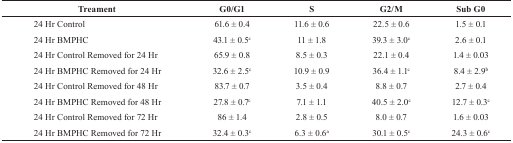
<table><thead><tr><td><b>Treament</b></td><td><b>G0/G1</b></td><td><b>S</b></td><td><b>G2/M</b></td><td><b>Sub G0</b></td></tr></thead><tbody><tr><td>24 Hr Control</td><td>61.6 ± 0.4</td><td>11.6 ± 0.6</td><td>22.5 ± 0.6</td><td>1.5 ± 0.1</td></tr><tr><td>24 Hr BMPHC</td><td>43.1 ± 0.5c</td><td>11 ± 1.8</td><td>39.3 ± 3.0c</td><td>2.6 ± 0.1</td></tr><tr><td>24 Hr Control Removed for 24 Hr</td><td>65.9 ± 0.8</td><td>8.5 ± 0.3</td><td>22.1 ± 0.4</td><td>1.4 ± 0.03</td></tr><tr><td>24 Hr BMPHC Removed for 24 Hr</td><td>32.6 ± 2.5c</td><td>10.9 ± 0.9</td><td>36.4 ± 1.1c</td><td>8.4 ± 2.9b</td></tr><tr><td>24 Hr Control Removed for 48 Hr</td><td>83.7 ± 0.7</td><td>3.5 ± 0.4</td><td>8.8 ± 0.7</td><td>2.7 ± 0.4</td></tr><tr><td>24 Hr BMPHC Removed for 48 Hr</td><td>27.8 ± 0.7c</td><td>7.1 ± 1.1</td><td>40.5 ± 2.0c</td><td>12.7 ± 0.3c</td></tr><tr><td>24 Hr Control Removed for 72 Hr</td><td>86 ± 1.4</td><td>2.8 ± 0.5</td><td>8.0 ± 0.7</td><td>1.6 ± 0.03</td></tr><tr><td>24 Hr BMPHC Removed for 72 Hr</td><td>32.4 ± 0.3c</td><td>6.3 ± 0.6a</td><td>30.1 ± 0.5c</td><td>24.3 ± 0.6c</td></tr></tbody></table>